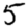
Digit: 5